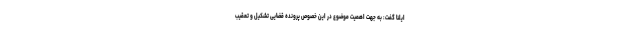
ایلنا گفت: به جهت اهمیت موضوع در این خصوص پرونده قضایی تشکیل و تعقیب